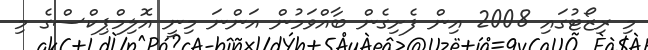
މި ރިޒޯޓުގައި 2008 އިން ފެށިގެން ބާއްވަމުން އަންނަ މިނީ އޮލިމްޕިކްސްގެ މި